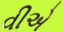
વીએ